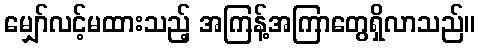
မျှော်လင့်မထားသည့် အကြန့်အကြာတွေရှိလာသည်။